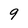
Character: 9